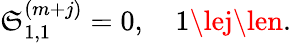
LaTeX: \mathfrak{S}_{1,1}^{(m+j)}=0,\quad1\lej\len.